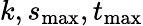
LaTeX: k,s_{\mathrm{max}},t_{\mathrm{max}}